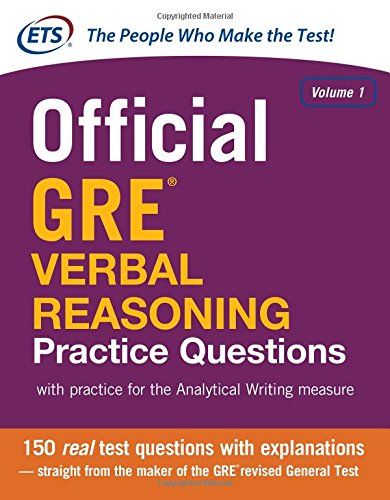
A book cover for Official GRE Verbal Reasoning Practice Questions; Educational Testing Service; Test Preparation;